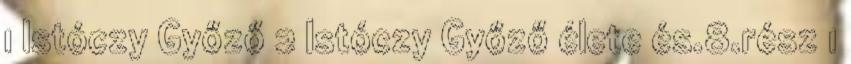
1 Istóczy Győző 2 Istóczy Győző élete és.8.rész 1